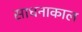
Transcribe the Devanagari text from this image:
साधनाकाल